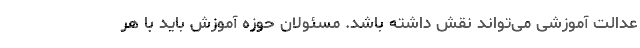
عدالت آموزشی می‌تواند نقش داشته باشد. مسئولان حوزه آموزش باید با هر